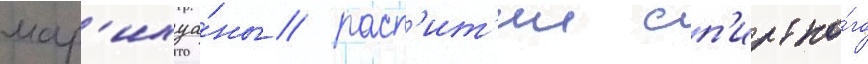
мар'ихуа́ны / расп'ит'ии сп'иртно́го